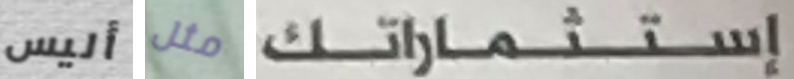
أليس مثل إستثماراتك